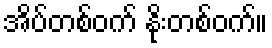
အိပ်တစ်ဝက် နိုးတစ်ဝက်။